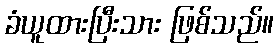
ခံယူထားပြီးသား ဖြစ်သည်။